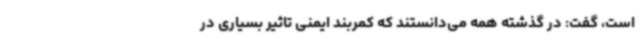
است، گفت: در گذشته همه می‌دانستند که کمربند ایمنی تاثیر بسیاری در